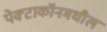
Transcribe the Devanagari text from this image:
पेक्टाकॉनमधील